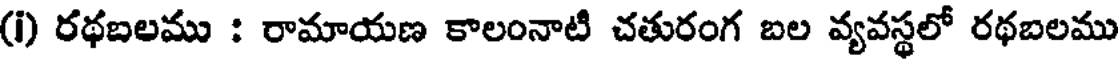
(i) రథబలము : రామాయణ కాలంనాటి చతురంగ బల వ్యవస్థలో రథబలము